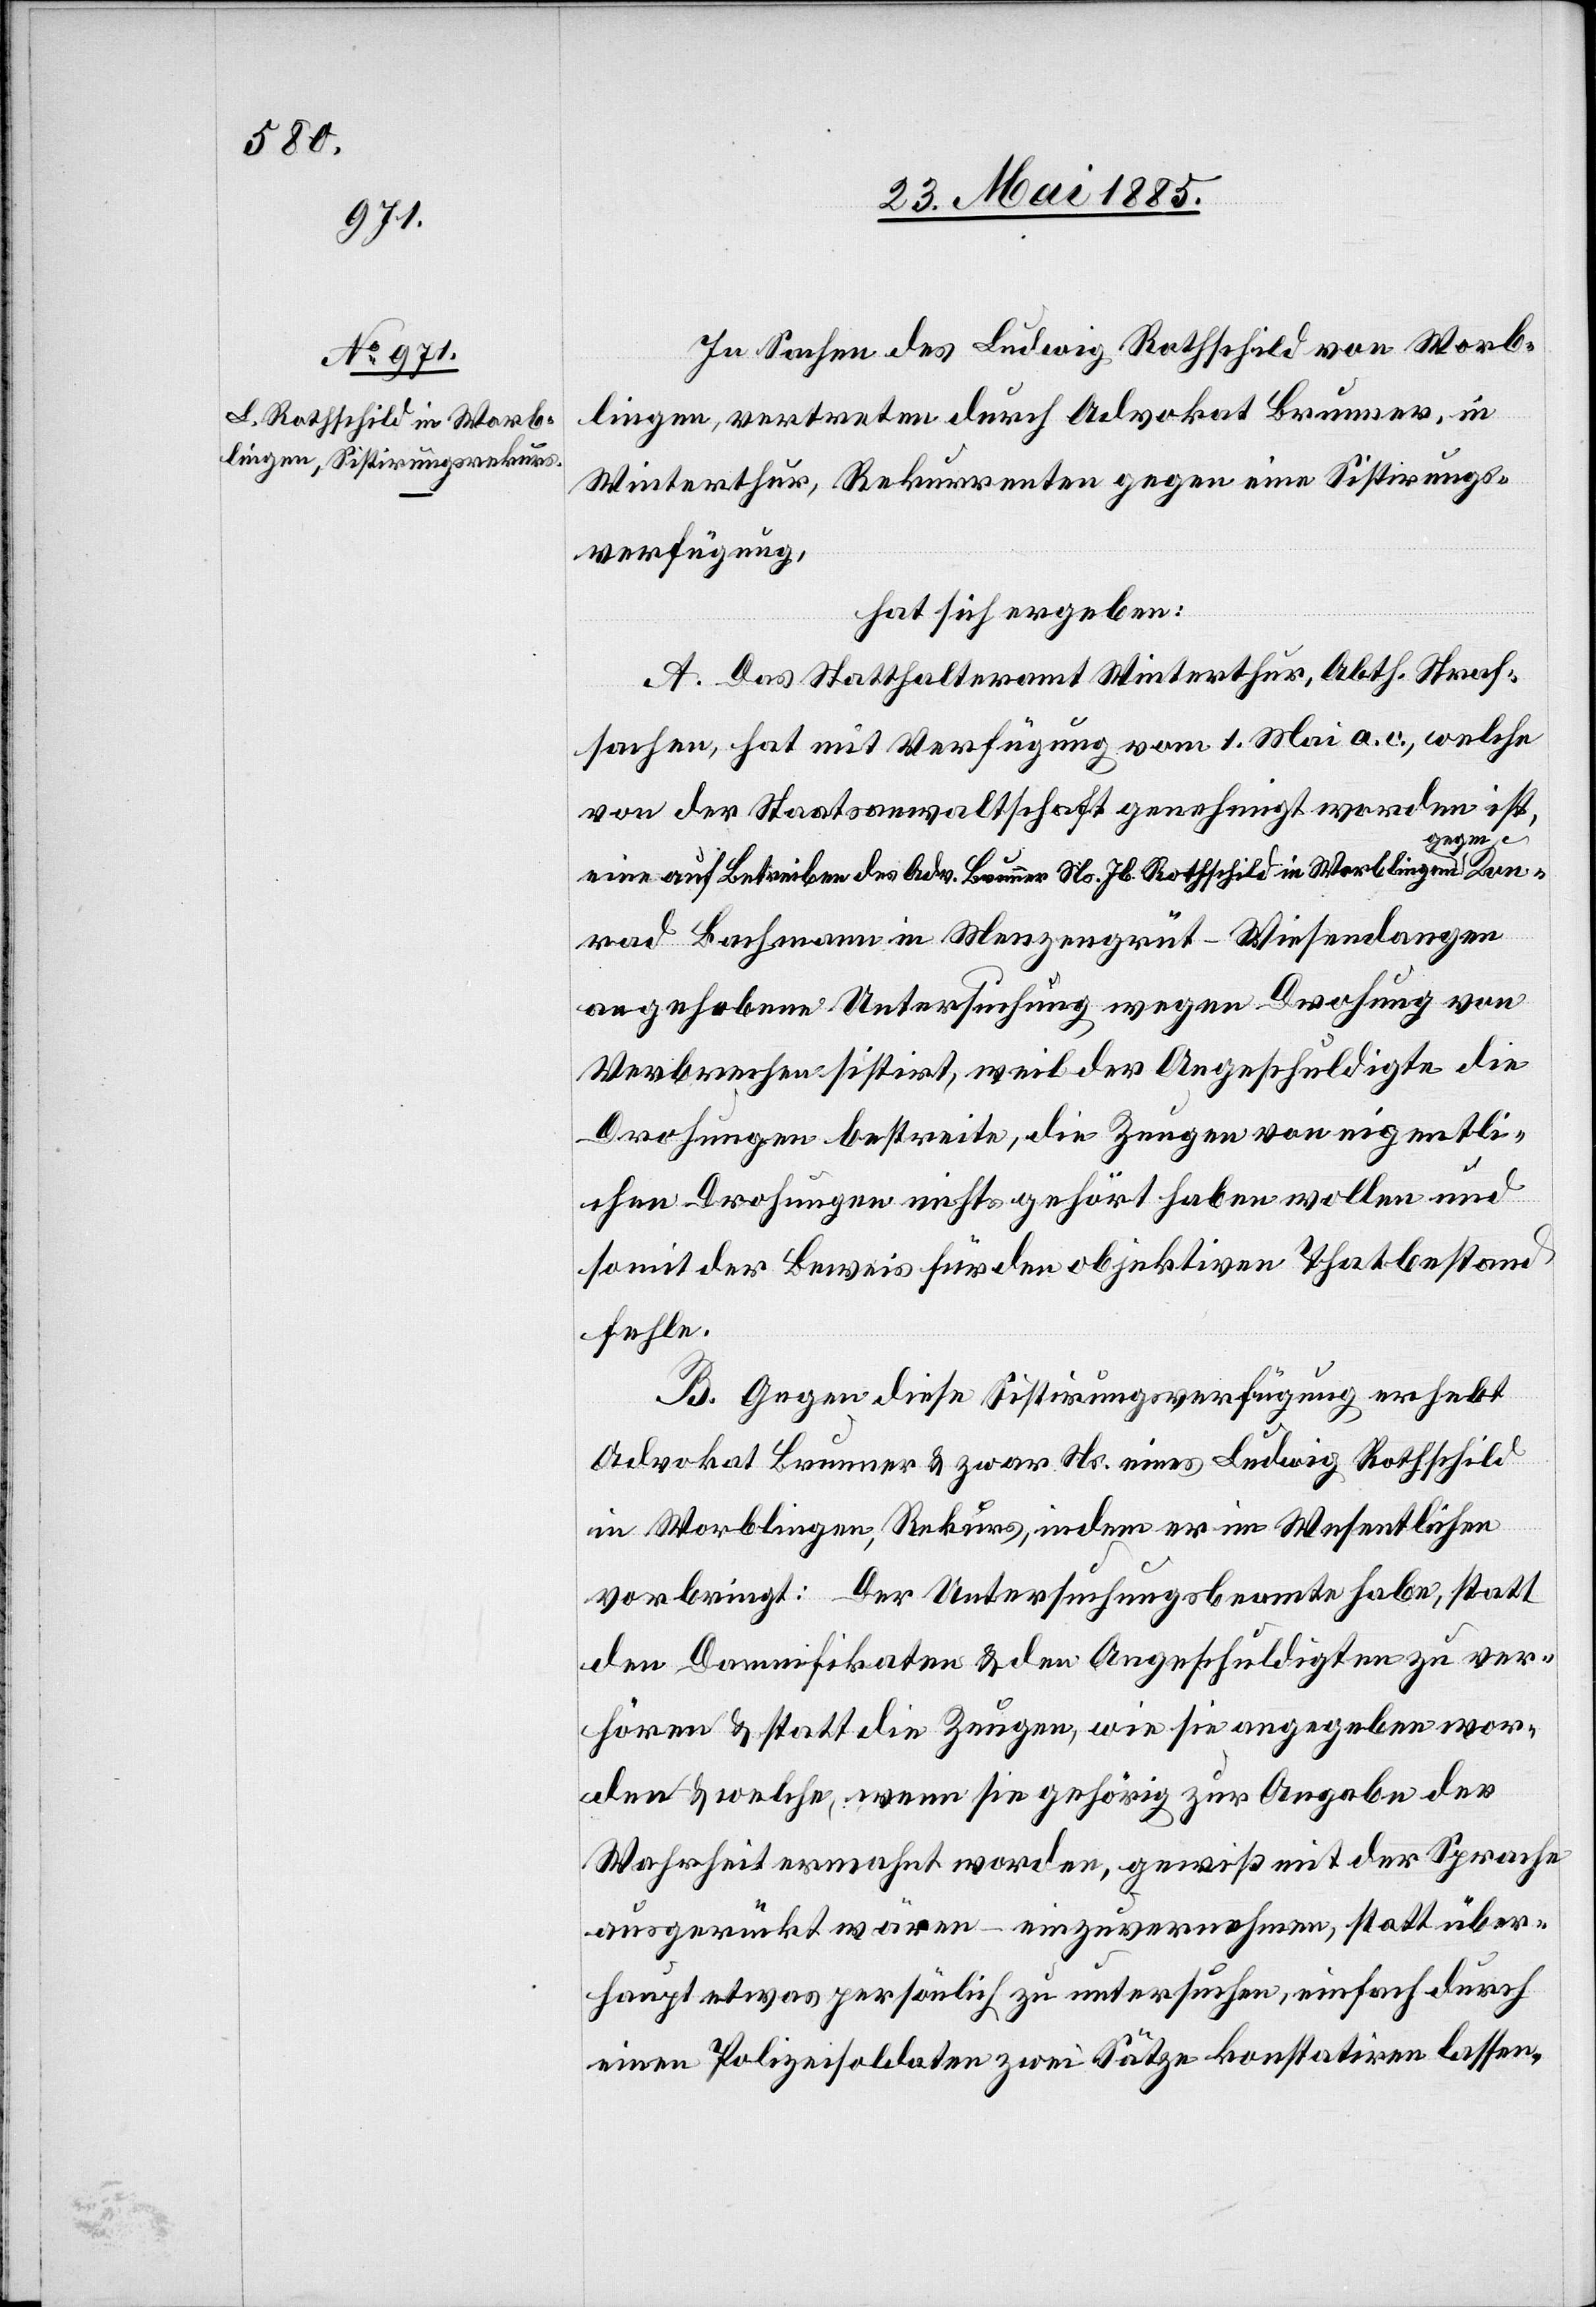
In Sachen es Ludwig Rothschild von Worb¬
lingen, vertreten durch Advokat Brunner, in
Winterthur, Rekurrenten gegen eine Sistirungs¬
verfügung,
hat sich ergeben:
A. Das Statthalteramt Winterthur, Abth. Straf¬
sachen, hat mit Verfügung vom 1. Mai a. c., welche
von der Staatsanwaltschaft genehmigt worden ist,
Kon¬
eine auf Betreiben des Adv. Brunner Ns. Jb. Rothschild in Worblingen ge¬
rad Bachmann in Menzengrüt - Wiesendangen
angehobenen Untersuchung wegen Drohung von
Verbrechen sistirt, weil der angeschuldigte die
Drohungen bestreite, die Zeugen von eigentli¬
chen Drohungen nichts gehört haben wollen und
somit der Beweis für den objektiven Thatbestand
fehle.
B. Gegen diese Sistirungsverfügung erhebt
Advokat Brunner & zwar Ns. eines Ludwig Rothschild
in Worblingen, Rekurs, indem er im Wesentlichen
vorbringt: Der Untersuchungsbeamte habe, statt
den Damnifikaten & den Angeschuldigten zu ver¬
hören & statt die Zeugen, wie sie angegeben wor¬
den & welche, wenn sie gehörig zur Angabe der
Wahrheit ermahnt worden, gewiß mit der Sprache
ausgerückt wären – einzuvernehmen, statt über¬
haupt etwas persönlich zu untersuchen, einfach durch
einen Polizeisoldaten zwei Sätze konstatiren lassen.